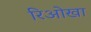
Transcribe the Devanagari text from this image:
रिओखा